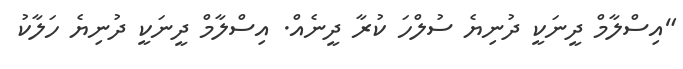
"އިސްލާމް ދީނަކީ ދުނިޔެ ސުލްހަ ކުރާ ދީނެއް. އިސްލާމް ދީނަކީ ދުނިޔެ ހަލާކު